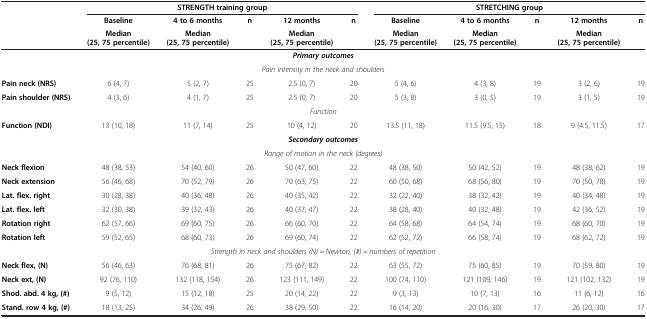
<table><thead><tr><td><b> </b></td><td colspan="4"><b>STRENGTH training group</b></td><td colspan="6"><b>STRETCHING group</b></td></tr><tr><td><b> </b></td><td><b>Baseline</b></td><td><b>4 to 6 months</b></td><td><b>n</b></td><td><b>12 months</b></td><td><b>n</b></td><td><b>Baseline</b></td><td><b>4 to 6 months</b></td><td><b>n</b></td><td><b>12 months</b></td><td><b>n</b></td></tr><tr><td><b> </b></td><td><b>Median (25, 75 percentile)</b></td><td><b>Median (25, 75 percentile)</b></td><td><b> </b></td><td><b>Median (25, 75 percentile)</b></td><td><b> </b></td><td><b>Median (25, 75 percentile)</b></td><td><b>Median (25, 75 percentile)</b></td><td><b> </b></td><td><b>Median (25, 75 percentile)</b></td><td><b> </b></td></tr></thead><tbody><tr><td colspan="4"> </td><td colspan="2"><b><i>Primary outcomes</i></b></td><td colspan="5"> </td></tr><tr><td colspan="4"> </td><td colspan="2"><i>Pain intensity in the neck and shoulders</i></td><td colspan="5"> </td></tr><tr><td><b>Pain neck (NRS)</b></td><td>6 (4, 7)</td><td>5 (2, 7)</td><td>25</td><td>2.5 (0, 7)</td><td>20</td><td>5 (4, 6)</td><td>4 (3, 8)</td><td>19</td><td>3 (2, 6)</td><td>19</td></tr><tr><td><b>Pain shoulder (NRS)</b></td><td>4 (3, 6)</td><td>4 (1, 7)</td><td>25</td><td>2.5 (0, 7)</td><td>20</td><td>5 (3, 8)</td><td>3 (0, 5)</td><td>19</td><td>3 (1, 5)</td><td>19</td></tr><tr><td colspan="4"> </td><td colspan="2"><i>Function</i></td><td colspan="5"> </td></tr><tr><td><b>Function (NDI)</b></td><td>13 (10, 18)</td><td>11 (7, 14)</td><td>25</td><td>10 (4, 12)</td><td>20</td><td>13.5 (11, 18)</td><td>11.5 (9.5, 15)</td><td>18</td><td>9 (4.5, 11.5)</td><td>17</td></tr><tr><td colspan="4"> </td><td colspan="2"><b><i>Secondary outcomes</i></b></td><td colspan="5"> </td></tr><tr><td colspan="4"> </td><td colspan="2"><i>Range of motion in the neck (degrees)</i></td><td colspan="5"> </td></tr><tr><td><b>Neck flexion</b></td><td>48 (38, 53)</td><td>54 (40, 60)</td><td>26</td><td>50 (47, 60)</td><td>22</td><td>48 (38, 50)</td><td>50 (42, 52)</td><td>19</td><td>48 (38, 62)</td><td>19</td></tr><tr><td><b>Neck extension</b></td><td>56 (46, 68)</td><td>70 (52, 79)</td><td>26</td><td>70 (63, 75)</td><td>22</td><td>60 (50, 68)</td><td>68 (56, 80)</td><td>19</td><td>70 (50, 78)</td><td>19</td></tr><tr><td><b>Lat. flex. right</b></td><td>30 (28, 38)</td><td>40 (36, 48)</td><td>26</td><td>40 (35, 42)</td><td>22</td><td>32 (22, 40)</td><td>38 (32, 42)</td><td>19</td><td>40 (34, 48)</td><td>19</td></tr><tr><td><b>Lat. flex. left</b></td><td>32 (30, 38)</td><td>39 (32, 43)</td><td>26</td><td>40 (37, 47)</td><td>22</td><td>38 (28, 40)</td><td>40 (32, 48)</td><td>19</td><td>42 (36, 52)</td><td>19</td></tr><tr><td><b>Rotation right</b></td><td>62 (57, 66)</td><td>69 (60, 75)</td><td>26</td><td>66 (60, 70)</td><td>22</td><td>64 (58, 68)</td><td>64 (54, 74)</td><td>19</td><td>68 (60, 70)</td><td>19</td></tr><tr><td><b>Rotation left</b></td><td>59 (52, 65)</td><td>68 (60, 73)</td><td>26</td><td>69 (60, 74)</td><td>22</td><td>62 (52, 72)</td><td>66 (58, 74)</td><td>19</td><td>68 (62, 72)</td><td>19</td></tr><tr><td colspan="4"> </td><td colspan="2"><i>Strength in neck and shoulders (N) = Newton, (#) = numbers of repetition</i></td><td colspan="5"> </td></tr><tr><td><b>Neck flex, (N)</b></td><td>56 (46, 63)</td><td>76 (68, 81)</td><td>26</td><td>75 (67, 82)</td><td>22</td><td>63 (55, 72)</td><td>75 (60, 85)</td><td>19</td><td>70 (59, 80)</td><td>19</td></tr><tr><td><b>Neck ext, (N)</b></td><td>92 (76, 110)</td><td>132 (118, 154)</td><td>26</td><td>123 (111, 149)</td><td>22</td><td>100 (74, 110)</td><td>121 (109, 146)</td><td>19</td><td>121 (102, 132)</td><td>19</td></tr><tr><td><b>Shod. abd. 4 kg, (#)</b></td><td>9 (5, 12)</td><td>15 (12, 18)</td><td>25</td><td>20 (14, 22)</td><td>22</td><td>9 (3, 13)</td><td>10 (7, 13)</td><td>16</td><td>11 (6, 12)</td><td>16</td></tr><tr><td><b>Stand. row 4 kg, (#)</b></td><td>18 (13, 25)</td><td>34 (26, 49)</td><td>26</td><td>38 (29, 50)</td><td>22</td><td>16 (14, 20)</td><td>20 (16, 30)</td><td>17</td><td>26 (20, 30)</td><td>17</td></tr></tbody></table>